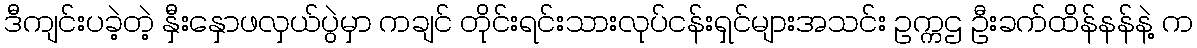
ဒီကျင်းပခဲ့တဲ့ နှီးနှောဖလှယ်ပွဲမှာ ကချင် တိုင်းရင်းသားလုပ်ငန်းရှင်များအသင်း ဥက္ကဌ ဦးခက်ထိန်နန်နဲ့ က